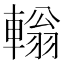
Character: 𨎃